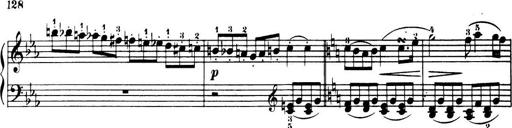
Title: 32 Sonatinas and Rondos for the Piano
Composer: Richard Kleinmichel